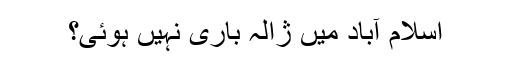
اسلام آباد میں ژالہ باری نہیں ہوئی؟